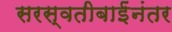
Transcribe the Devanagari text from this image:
सरस्वतीबाईंनंतर